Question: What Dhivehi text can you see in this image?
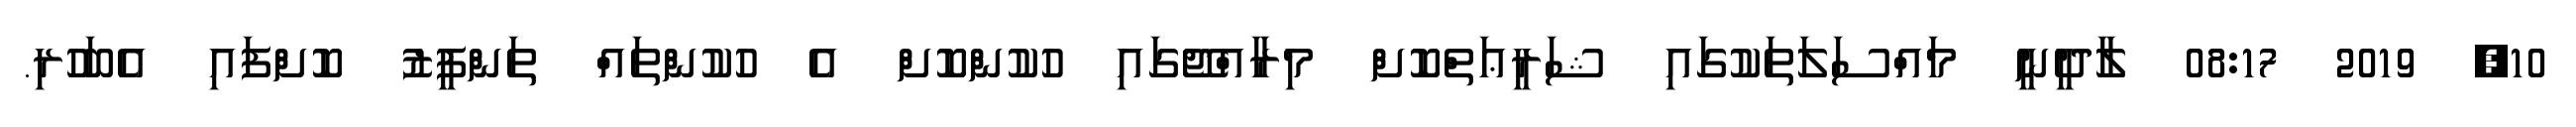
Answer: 10, 2019 08:17 ލާދީނީ މައްސަލަތަކުގައި ޝަރީޢަތްކޮށް މިރާއްޖޭގައި ހުކުންކޮށް އެ ހުކުންތައް ތަންފީޒު ކޮށްފައި އެބަހުރި.